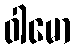
ဝါမော